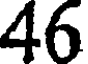
46